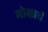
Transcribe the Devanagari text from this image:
मोक्षार्थं